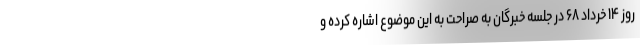
روز ۱۴ خرداد ۶۸ در جلسه خبرگان به صراحت به این موضوع اشاره کرده و